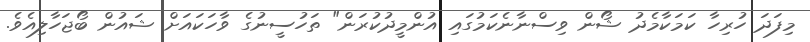
މިފަދަ ހުރިހާ ކަމަކާމެދު ޝޯން ވިސްނާނެކަމުގައި އުންމީދުކުރަން" ތަހުސީނުގެ ވާހަކައަށް ޝައުން ބޯޖަހާލިއެވެ.